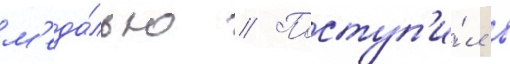
м'еда́лью // Поступ'и́л в